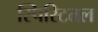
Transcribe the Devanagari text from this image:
स्पिरिटतल